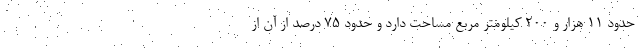
حدود ۱۱ هزار و ۲۰۰ کیلومتر مربع مساحت دارد و حدود ۷۵ درصد از آن از